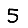
Digit: 5